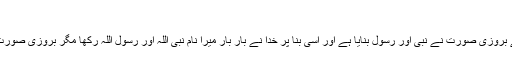
)
مجھے بروزی صورت نے نبی اور رسول بنایا ہے اور اسی بنا پر خدا نے بار بار میرا نام نبی اللہ اور رسول اللہ رکھا مگر بروزی صورت میں۔